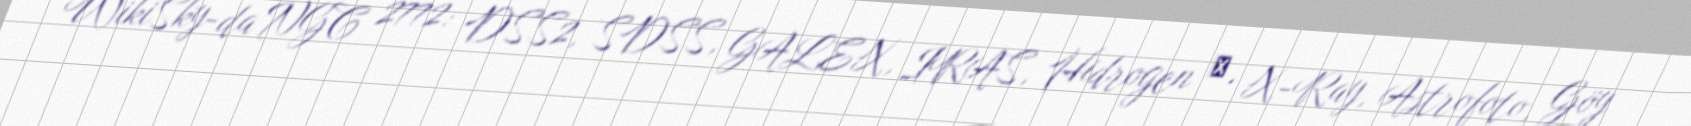
WikiSky-da NGC 2772: DSS2, SDSS, GALEX, IRAS, Hidrogen α, X-Ray, Astrofoto, Göy